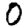
Digit: 0